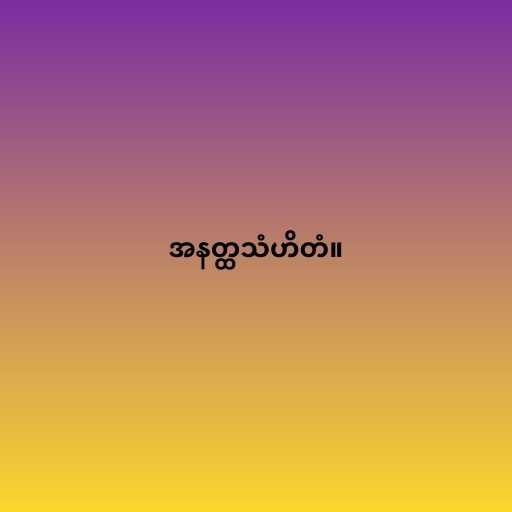
အနတ္ထသံဟိတံ။